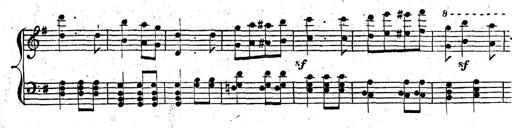
Title: Nouvelle Sonatine facile et agrÃ©able
Composer: Ignaz Moscheles
Key: G major